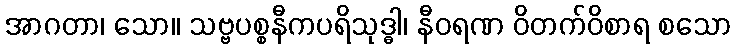
အာဂတာ၊ သော။ သဗ္ဗပစ္စနီကပရိသုဒ္ဓါ၊ နီဝရဏ ဝိတက်ဝိစာရ စသော